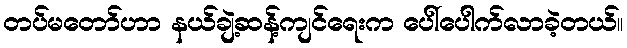
တပ်မတော်ဟာ နယ်ချဲ့ဆန့်ကျင်ရေးက ပေါ်ပေါက်လာခဲ့တယ်။